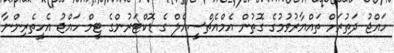
ހައްޖު ދަތުރަށް ތައްޔާރުވުމުގެ ގޮތުން އެމްއެޗްސީއެލް ގެ ޑޮކްޓަރުންގެ ޓީމް ހައްޖު އެހީތެރިންނާ